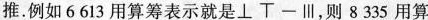
推. 例如 6 613 用算筹表示就是⊥T-Ⅲ，则8 335 用算